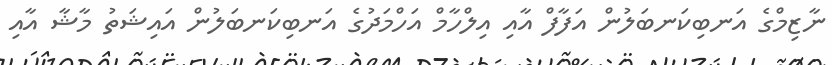
ނާޒިމްގެ އަނބިކަނބަލުން އަފާފް އާއި އިލްހާމް އަހްމަދުގެ އަނބިކަނބަލުން އައިޝަތު މާޝާ އާއި